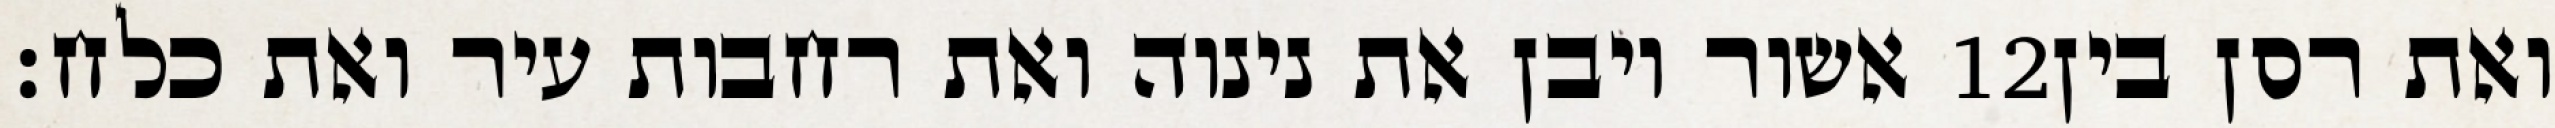
אשור ויבן את נינוה ואת רחבות עיר ואת כלח׃ ‎12‏ ואת רסן בין